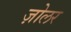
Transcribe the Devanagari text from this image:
ज़ोलर